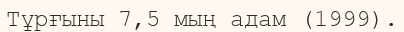
Тұрғыны 7,5 мың адам (1999).